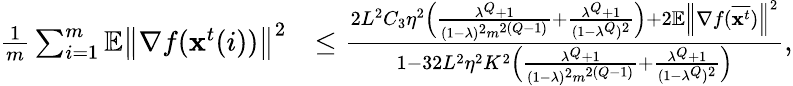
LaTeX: \begin{array}{rl}{\frac{1}{m}\sum_{i=1}^{m}\mathbb{E}\left\| \nabla f(\mathbf{x}^{t}(i))\right\| ^{2}}&{\leq\frac{2L^{2}C_{3}\eta^{2}\Big(\frac{\lambda^{Q}+1}{(1-\lambda)^{2}m^{2(Q-1)}}+\frac{\lambda^{Q}+1}{(1-\lambda^{Q})^{2}}\Big)+2\mathbb{E}\left\| \nabla f(\overline{{\mathbf{x}^{t}}})\right\| ^{2}}{1-32L^{2}\eta^{2}K^{2}\Big(\frac{\lambda^{Q}+1}{(1-\lambda)^{2}m^{2(Q-1)}}+\frac{\lambda^{Q}+1}{(1-\lambda^{Q})^{2}}\Big)},}\end{array}